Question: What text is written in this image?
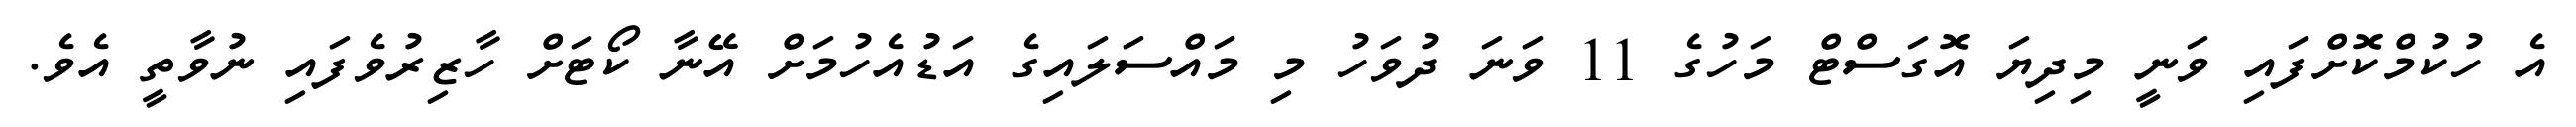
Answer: އެ ހުކުމްކޮށްފައި ވަނީ މިދިޔަ އޮގަސްޓް މަހުގެ 11 ވަނަ ދުވަހު މި މައްސަލައިގެ އަޑުއެހުމަށް އޭނާ ކޯޓަށް ހާޒިރުވެފައި ނުވާތީ އެވެ.